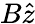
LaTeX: B\hat{z}